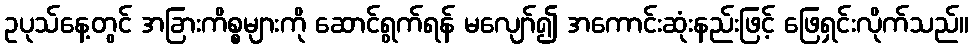
ဥပုသ်နေ့တွင် အခြားကိစ္စများကို ဆောင်ရွက်ရန် မလျော်၍ အကောင်းဆုံးနည်းဖြင့် ဖြေရှင်းလိုက်သည်။